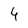
Character: 4